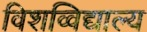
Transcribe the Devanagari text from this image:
विशव्विद्याल्य